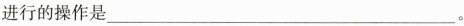
进行的操作是___。